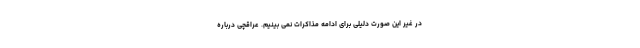
در غیر این صورت دلیلی برای ادامه مذاکرات نمی بینیم. عراقچی درباره